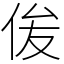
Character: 㑓